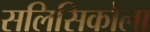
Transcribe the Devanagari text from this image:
सलिसिकोला